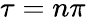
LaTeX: \tau=n\pi